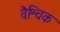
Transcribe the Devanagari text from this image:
वैश्चिक